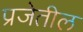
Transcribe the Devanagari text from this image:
प्रजेतील